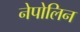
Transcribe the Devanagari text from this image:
नेपोलिन